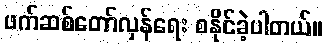
ဖက်ဆစ်တော်လှန်ရေး စနိုင်ခဲ့ပါတယ်။